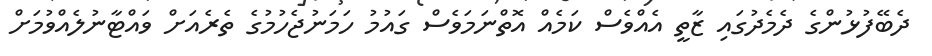
ދެބޭފުޅުންގެ ދެމެދުގައި ޒާތީ އެއްވެސް ކަމެއް އޮތްނަމަވެސް ގައުމު ހަމަނުޖެހުމުގެ ތެރެއަށް ވައްޓާނުލެއްވުމަށް